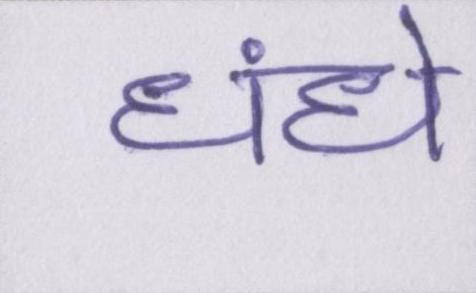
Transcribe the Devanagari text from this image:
धंधे